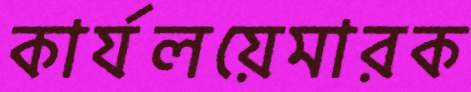
কার্যলয়েমারক